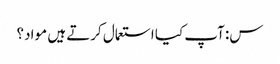
س: آپ کیا استعمال کرتے ہیں مواد؟